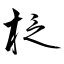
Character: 柉